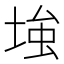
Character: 𡌺